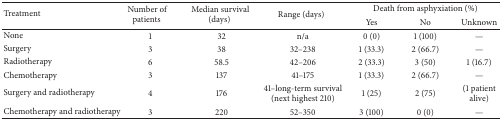
| <ROWSPAN=2> Treatment | <ROWSPAN=2> Number of patients | <ROWSPAN=2> Median survival (days) | <ROWSPAN=2> Range (days) | <COLSPAN=3> Death from asphyxiation (%) |
 | Yes | No | Unknown |
 | --- | --- | --- | --- | --- | --- | --- |
 | None | 1 | 32 | n/a | 0 (0) | 1 (100) | — |
 | Surgery | 3 | 38 | 32–238 | 1 (33.3) | 2 (66.7) | — |
 | Radiotherapy | 6 | 58.5 | 42–206 | 2 (33.3) | 3 (50) | 1 (16.7) |
 | Chemotherapy | 3 | 137 | 41–175 | 1 (33.3) | 2 (66.7) | — |
 | Surgery and radiotherapy | 4 | 176 | 41–long-term survival (next highest 210) | 1 (25) | 2 (75) | (1 patient alive) |
 | Chemotherapy and radiotherapy | 3 | 220 | 52–350 | 3 (100) | 0 (0) | — |